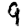
Digit: 9